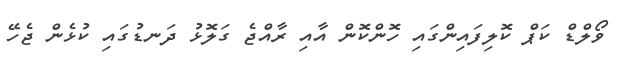
ވޯލްޑް ކަޕް ކޮލިފައިންގައި ހޮންކޮން އާއި ރާއްޖެ ގަލޮޅު ދަނޑުގައި ކުޅެން ޖެހޭ